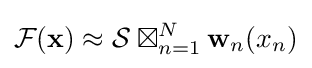
{\mathcal {F}}(\mathbf {x} )\approx {\mathcal {S}}\boxtimes _{n=1}^{N}\mathbf {w} _{n}(x_{n})